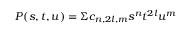
P ( s , t , u ) = \Sigma c _ { n , 2 l , m } s ^ { n } t ^ { 2 l } u ^ { m }